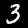
Label: 3